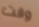
وقت